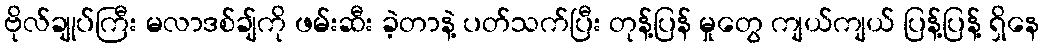
ဗိုလ်ချုပ်ကြီး မလာဒစ်ချ်ကို ဖမ်းဆီး ခဲ့တာနဲ့ ပတ်သက်ပြီး တုန့်ပြန် မှုတွေ ကျယ်ကျယ် ပြန့်ပြန့် ရှိနေ